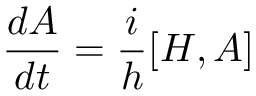
\frac { d A } { d t } = \frac { i } { h } [ H , A ]